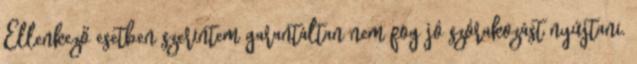
Ellenkező esetben szerintem garantáltan nem fog jó szórakozást nyújtani.